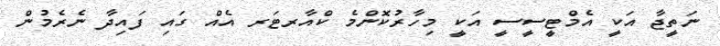
ނަތީޖާ އަކީ އެމްޓީސީސީ އަކީ މިހާރުކޮންމެ ކްއާރޓަރ އެއް ގައި ފައިދާ ނެރެމުން